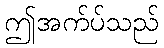
ဤအက်ပ်သည်